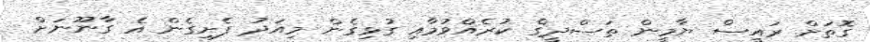
ގޮތަށް ރައީސް ޔާމީން ތަސްދީގް ކުރެއްވުމާއި ގުޅިގެން މިއަދު ފެށިގެން އެ ގާނޫނަށް